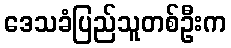
ဒေသခံပြည်သူတစ်ဦးက